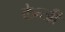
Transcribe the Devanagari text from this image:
केन्जी